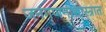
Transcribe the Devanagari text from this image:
जनगणनाशास्त्रात